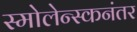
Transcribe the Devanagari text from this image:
स्मोलेन्स्कनंतर